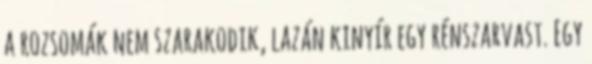
a rozsomák nem szarakodik, lazán kinyír egy rénszarvast. Egy